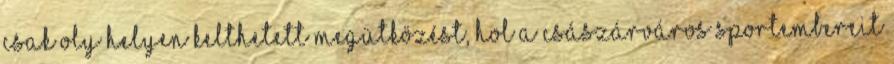
csak oly helyen kelthetett megütközést, hol a császárváros sportembereit